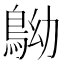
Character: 𪀂